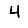
Digit: 4